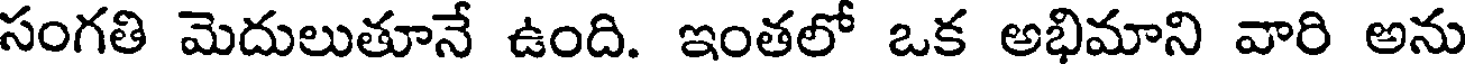
సంగతి మెదులుతూనే ఉంది. ఇంతలో ఒక అభిమాని వారి అను